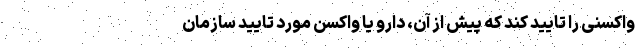
واکسنی را تایید کند که پیش از آن، دارو یا واکسن مورد تایید سازمان